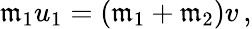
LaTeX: \mathfrak{m}_{1}u_{1}=\left(\mathfrak{m}_{1}+\mathfrak{m}_{2}\right)v\, ,